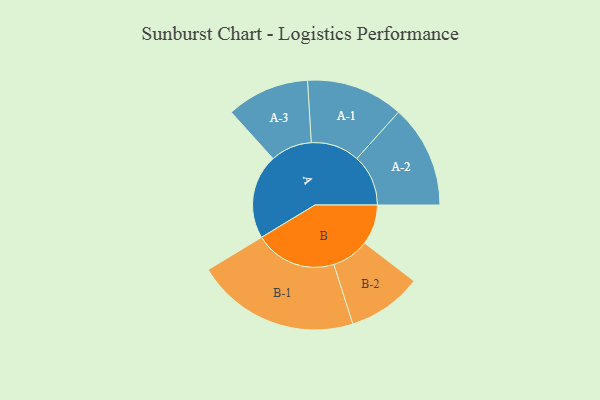
{"axis": {"x": "Segment", "y": "Value"}, "legend": ["", "A", "B"], "data": [{"x": "A", "y": 270, "type": ""}, {"x": "B", "y": 128, "type": ""}, {"x": "A-1", "y": 155, "type": "A"}, {"x": "A-2", "y": 164, "type": "A"}, {"x": "A-3", "y": 132, "type": "A"}, {"x": "B-1", "y": 261, "type": "B"}, {"x": "B-2", "y": 119, "type": "B"}]}